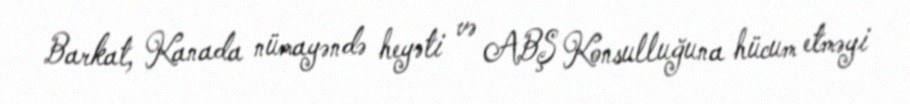
Barkat, Kanada nümayəndə heyəti və ABŞ Konsulluğuna hücum etməyi